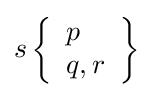
s\left\{{\begin{array}{l}p\\q,r\end{array}}\right\}